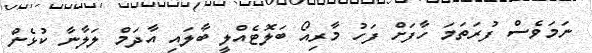
ނަމަވެސް ފުރަތަމަ ހާފަށް ފަހު މާރިއޯ ބަލޮޓެއްލީ ބާލައި އާދަމް ލަލާނާ ކުޅެން